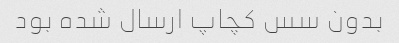
بدون سس کچاپ ارسال شده بود